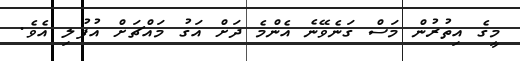
މީގެ އިތުރުން މަސް ގަނެވޭނެ އެންމެ ދަށް އަގު މައްޗަށް އުފުލި އެވެ.